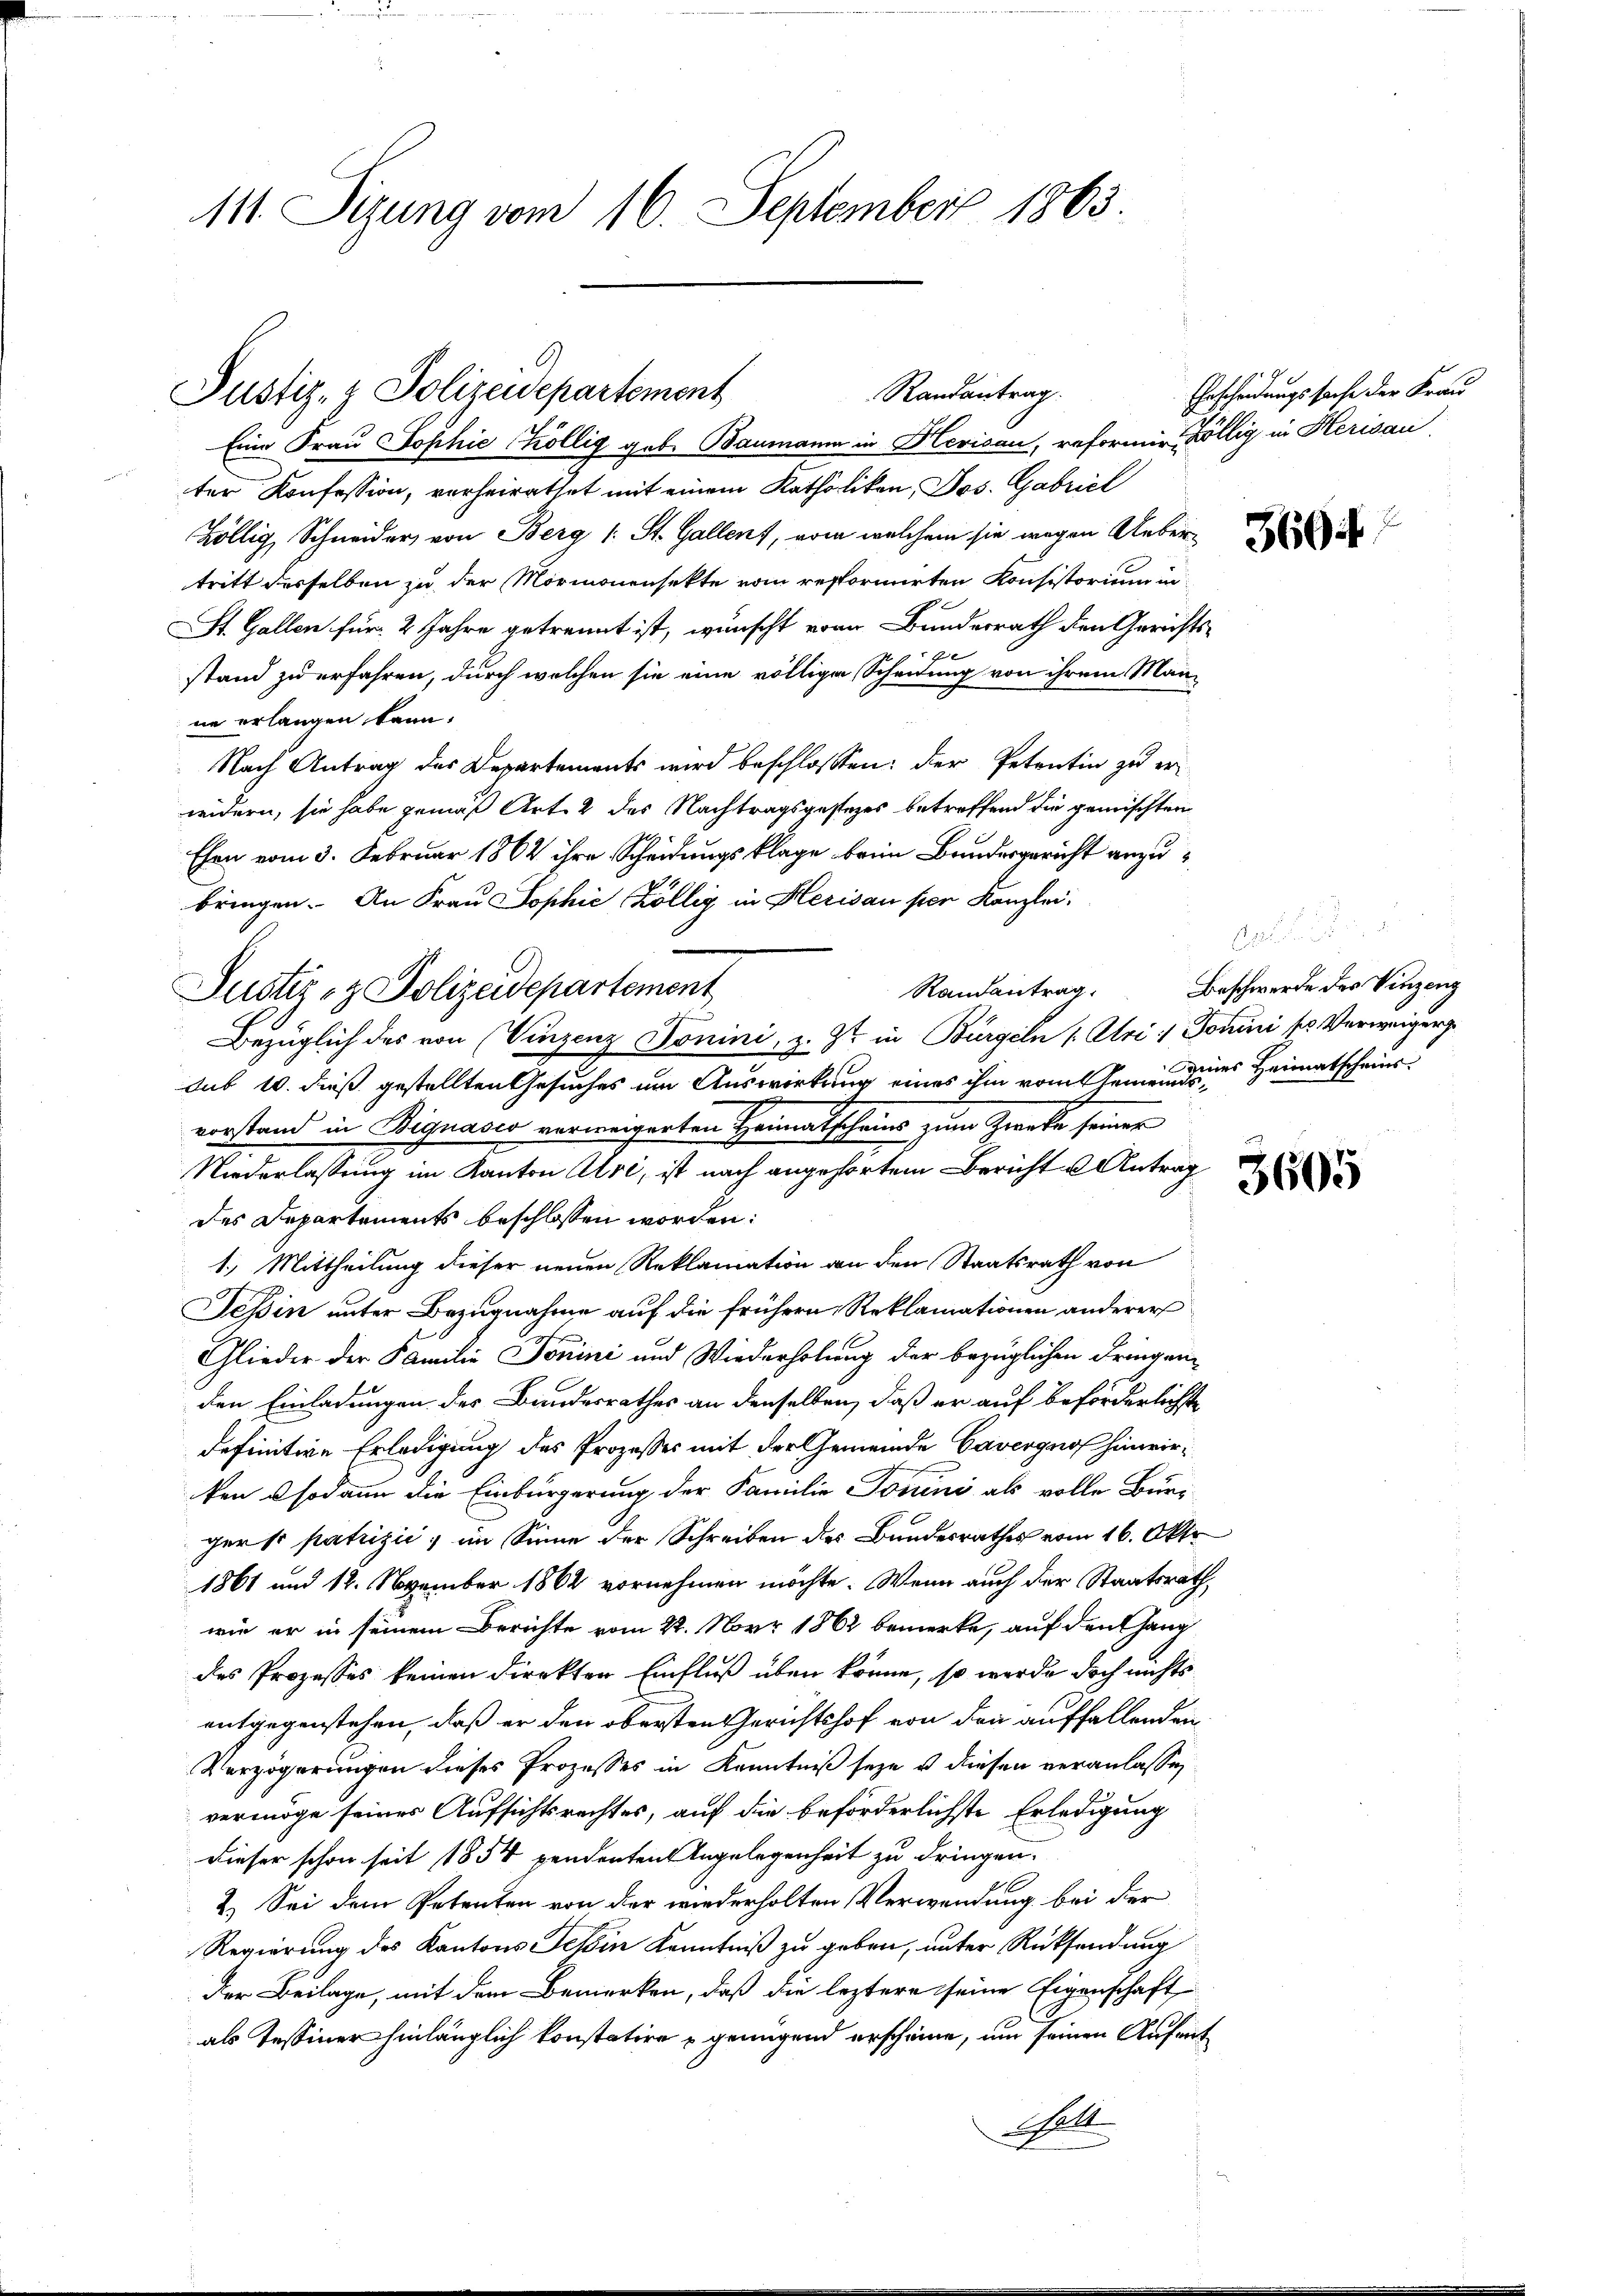
111. Sizung vom 16. September 1863

Randantrag.
Justiz- & Polizeidepartement
Eine Frau Sophie Köllig gebe Baumann in Herisau, reformie Völlig in Herisau

Justiz- & Polizeidepartement

Erscheidungssache der Krau

ter Konfession, vorheirathet mit einem Katholiken, Jos. Gabriel
Köllig, Schneider, von Berg (: St. Gallen, von welchem sie wegen Uebertritt desselben zu der Mormonensekte vom reformirten Konsistorium in
St. Gallen für 2 Jahre getrennt ist, wünscht von Bunderrath den Gerichts-
E
stand zu erfahren, durch welchen sie eine völlige Scheidung von ihrem Män-
ne erlangen kann.
Nach Antrag des Departements wird beschlossen: der Petentin zu erwidern, sie habe gemäß Art. 2 des Nachtragsgestezes betreffend die gemischten
Ehen vom 3. Februar 1862 ihre Scheidungsklage beim Bundesgericht anzubringen. An Frau Sophić Köllig in Klerisau per Kanzlei,
Randantrag.
Bezüglich des von Vinzenz Donini, z. Zt. in Bürgeln (: Uri / Tomini so Verweiger
sub 10. dieß gestellten Gesuches um Auswirkung eines ihm vom Gemeindes Heimatschau
vorstand in Bignasco verweigerten Heimatscheins zum Zweckte seiner
Niederlassung im Kanton Atri, ist nach angehörtem Bericht u Antrag
des Departements beschlossen worden:
1.) Mittheilung dieser neuen Reklamation an den Staatsrath von
Tessin unter Bezugnahme auf die frühern Reklamationen anderer
Glieder der Familie Tonini und Wiederholung der bezüglichen Dringenden Einladungen des Bundesrathes an denselben, daß er auf beförderlichste
definitive Erledigung des Prozesses mit der Gemeinde Cavergnof hinwirken sodann die Einbürgerung der Familie Tonini als volle Burger so patrizić, im Sinne der Schreiben des Bundesrathes vom 16. Okto
1861 und 12. November 1862 vornehmen möchte. Wenn auch der Staatsrath,
wie er in seinem Berichte vom 22. Nörr 1862 bemerke, auf den Gang
des Prozesses keinen direkten Einfluß über könne, so werde doch nichts
entgegenstehen, daß er den obersten Gerichtshof von den auffallenden
Verzögerungen dieses Prozesses in Kenntniß seye u diesen veranlassen
vermöge seines Aufsichtsrechtes, auf die beförderlichste Erledigung
dieser schon seit 1854 pendenten Angelegenheit zu dringen.
2.) Sei dem Petenten von der wiederholten Verwendung bei der
Regierung des Kantons Schin Kenntniß zu geben, unter Rücksendung
Der Beilage, mit dem Bemerken, daß die leztere seine Eigenschaft
als Tessiner hinlänglich konstatire genügend erscheine, um seinen Aufent¬
Galt

3604

Beschwerde des Vinzeng

3605